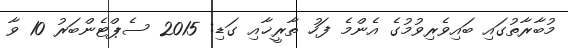
މުބާރާތުގައި ބައިވެރިވުމުގެ އެންމެ ފަހު ތާރީޚާއި ގަޑި: 2015 ސެޕްޓެންބަރު 10 ވާ